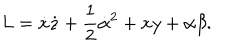
LaTeX: L = \dot { x } \dot { z } + \frac { 1 } { 2 } \dot { \alpha } ^ { 2 } + x y + \alpha \beta .